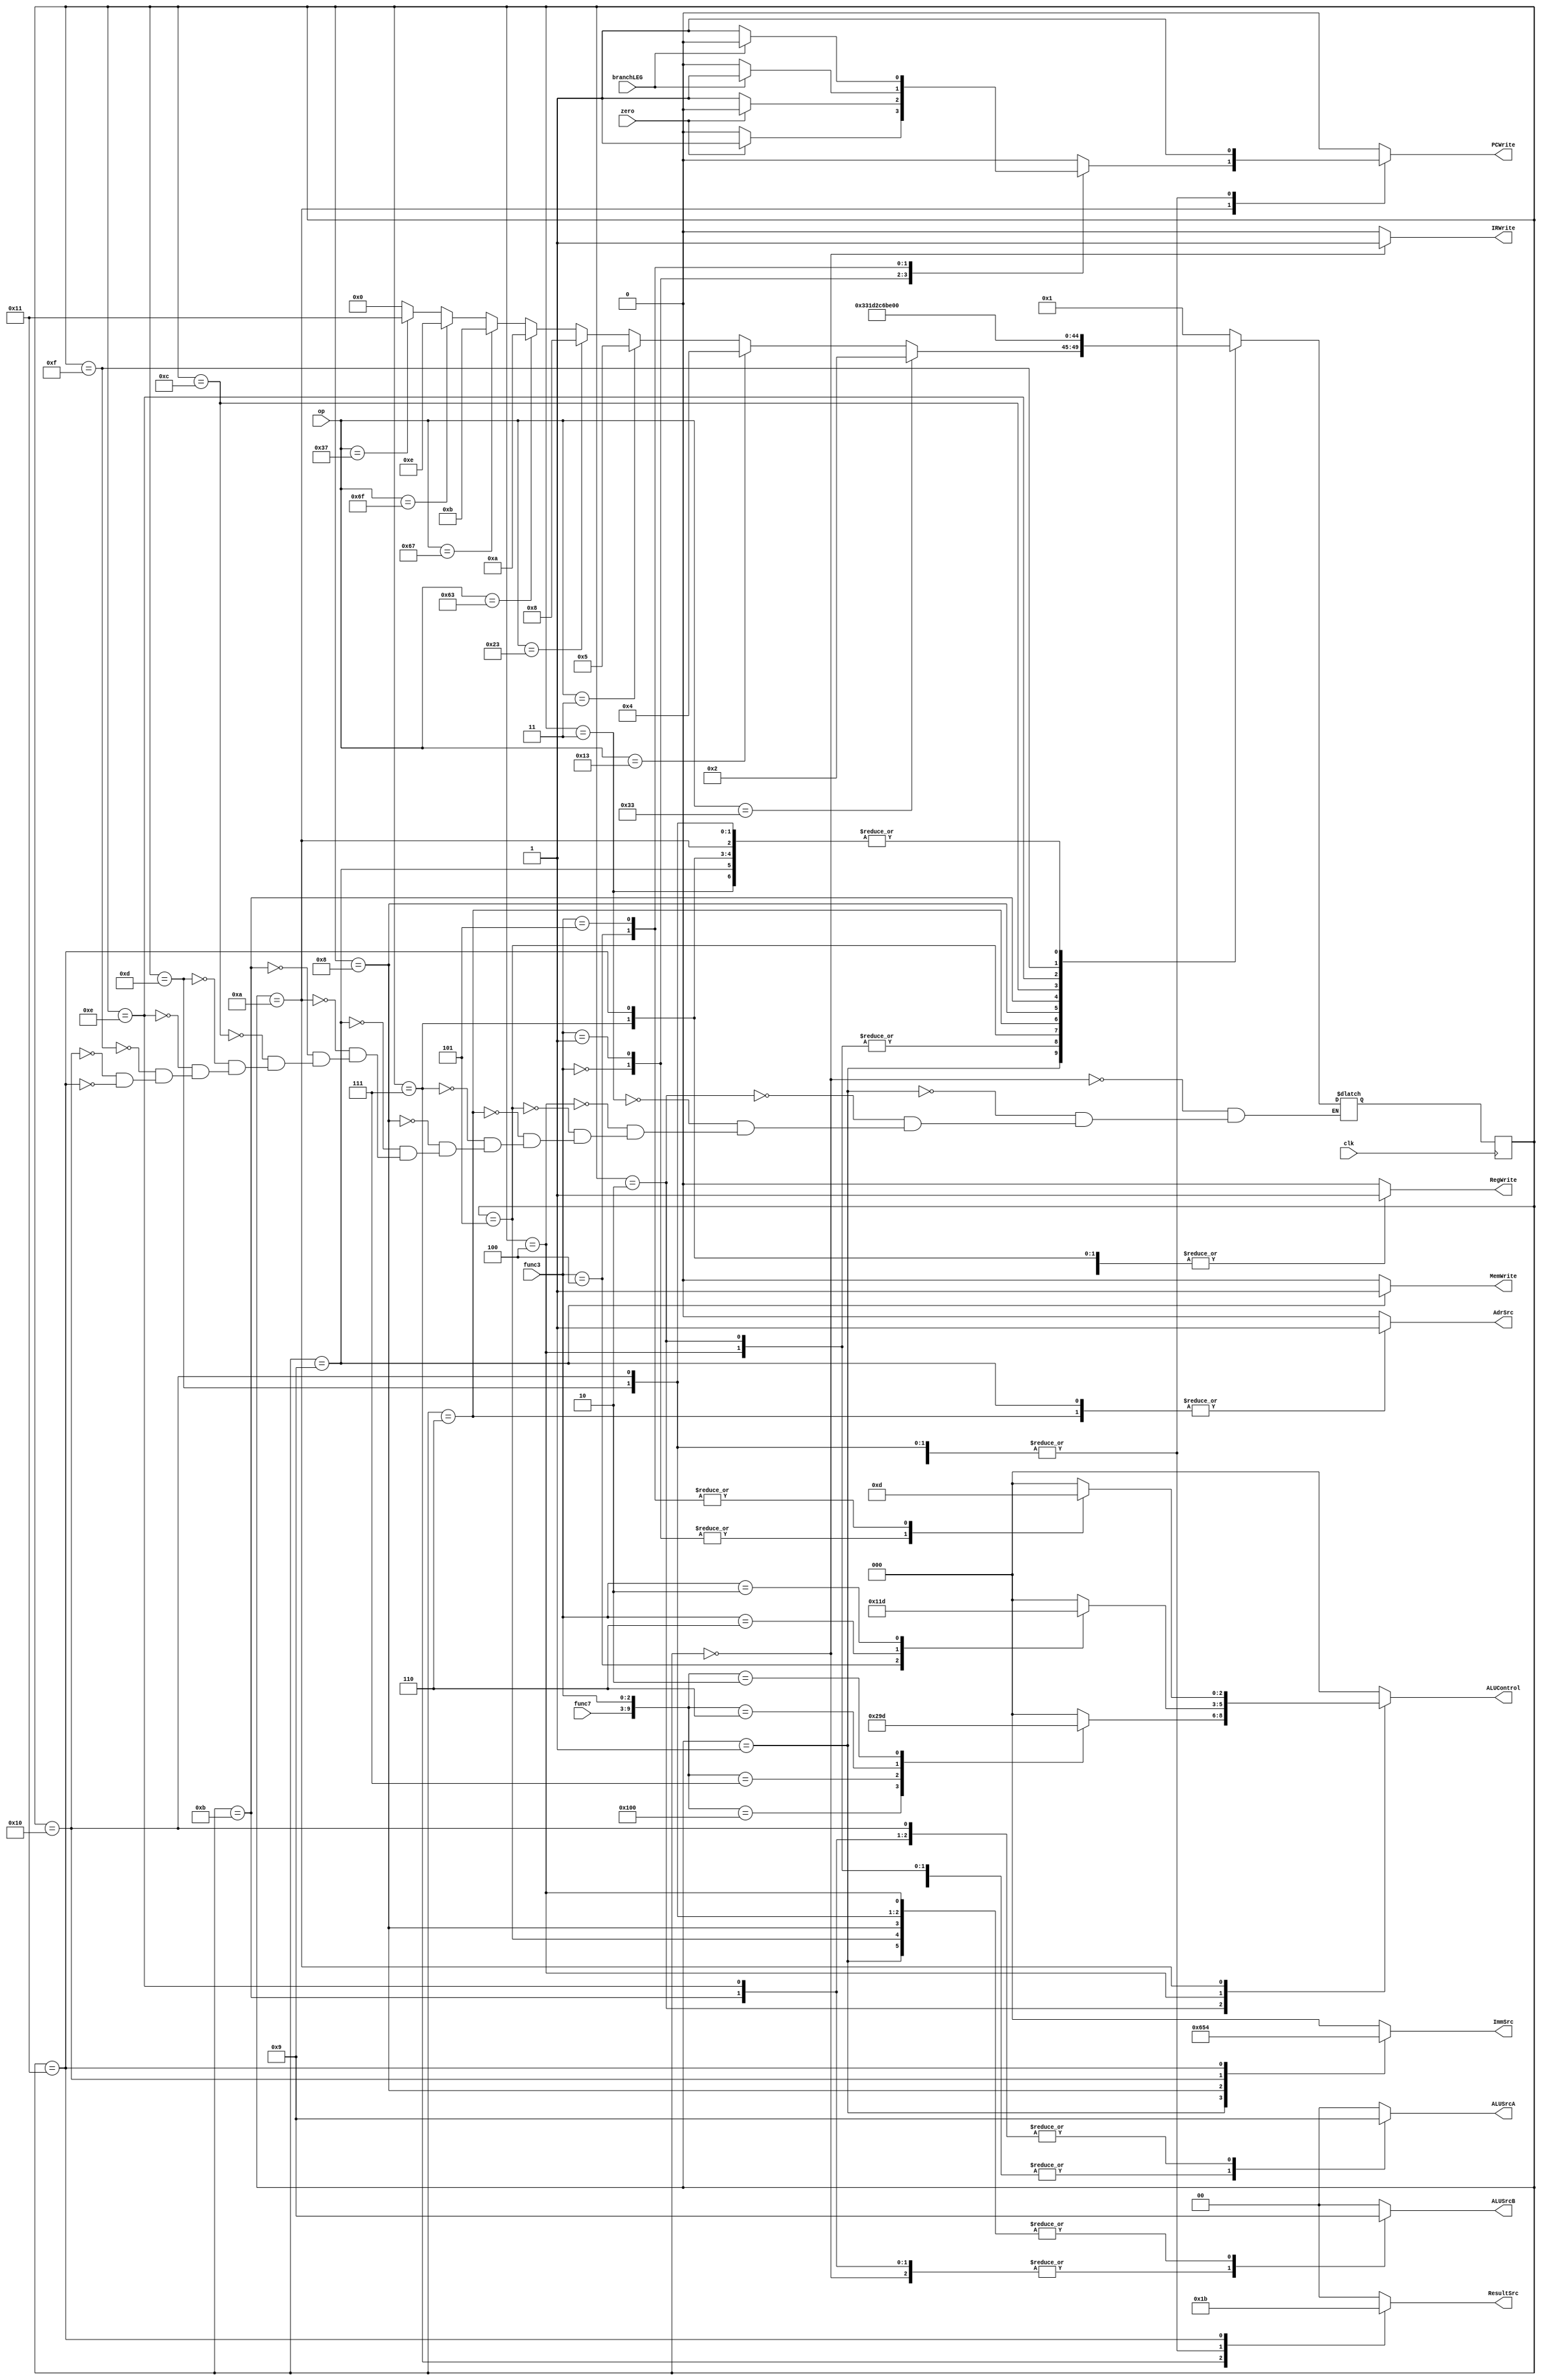
`define 	R_Type	7'b0110011
`define 	I_Type	7'b0010011
`define		Lw	7'b0000011
`define 	Jalr	7'b1100111
`define		S_Type	7'b0100011
`define		J_Type	7'b1101111
`define 	B_Type	7'b1100011
`define		U_Type	7'b0110111


`define		Add	10'b0000_0000_00
`define 	Sub	10'b0100_0000_00
`define		And	10'b0000_0001_11
`define 	Or	10'b0000_0001_10
`define		Slt	10'b0000_0000_10


`define		lw	3'b010
`define 	addi	3'b000
`define		xori	3'b100
`define 	ori	3'b110
`define		slti	3'b010
`define		jalr	3'b000


`define		beq	3'b000
`define 	bne	3'b001
`define		blt	3'b100
`define 	bge	3'b101


`define 	q0	5'b00000
`define 	q1	5'b00001
`define 	q2	5'b00010
`define 	q3	5'b00011
`define 	q4	5'b00100
`define 	q5	5'b00101
`define 	q6	5'b00110
`define 	q7	5'b00111
`define 	q8	5'b01000
`define 	q9	5'b01001
`define 	q10	5'b01010
`define 	q11	5'b01011
`define 	q12	5'b01100
`define 	q13	5'b01101
`define 	q14	5'b01110
`define 	q15	5'b01111
`define 	q16	5'b10000
`define 	q17	5'b10001



module Controller(input clk,zero,branchLEG,input [6:0] op,func7,input[2:0] func3,output reg PCWrite,AdrSrc,MemWrite,IRWrite,RegWrite,output reg[1:0] ResultSrc,ALUSrcA,ALUSrcB,output reg[2:0]ALUControl,ImmSrc);
	
	reg[4:0] ps=5'b0,ns;
	always@(posedge clk)begin
		ps<=ns;
	end
	always@(ps,zero,branchLEG,op,func7,func3)begin 
		case(ps)
		`q0:ns=`q1;
		`q1:ns=	(op==`R_Type)? `q2 :
		        (op==`I_Type)? `q4 :
			(op==`Lw)    ? `q5 :
			(op==`S_Type)? `q8 :
			(op==`B_Type)? `q10:
			(op==`Jalr  )? `q11:
			(op==`J_Type)? `q14:
			(op==`U_Type)? `q17:
			5'b00000;
		`q2 :	ns=`q3;
		`q3 :	ns=`q0;
		`q4 :	ns=`q3;
		`q5 :	ns=`q6;
		`q6 :	ns=`q7;
		`q7 :	ns=`q0;
		`q8 :	ns=`q9;
		`q9 :	ns=`q0;
		`q10:	ns=`q0;
		`q11:	ns=`q12;
		`q12:	ns=`q13;
		`q13:	ns=`q0;
		`q14:	ns=`q15;
		`q15:	ns=`q16;
		`q16:	ns=`q0;
		`q17:	ns=`q0;
		endcase		
	end
	always@(ps,zero,branchLEG,op,func7,func3)begin
		{PCWrite,AdrSrc,MemWrite,IRWrite,RegWrite,ResultSrc,ALUSrcA,ALUSrcB,ImmSrc,ALUControl}=17'b0000_0000_0000_0000_0;
		case(ps)
		`q0 :{AdrSrc,IRWrite,ALUSrcA,ALUSrcB,ALUControl,ResultSrc,PCWrite}=12'b0100__1000_0101;
		`q1 :{ALUSrcA,ALUSrcB,ImmSrc,ALUControl}=10'b0101_0110_00;
		`q2 :begin {ALUSrcA,ALUSrcB}=4'b1000;
			case({func7,func3})
				`Add:ALUControl=3'b000;
				`Sub:ALUControl=3'b001;
				`And:ALUControl=3'b010;
				`Or :ALUControl=3'b011;
				`Slt:ALUControl=3'b101;
			endcase	
		    end
		`q3 :{ResultSrc,RegWrite}=3'b001;
		`q4 :begin {ALUSrcA,ALUSrcB,ImmSrc}=7'b1001_000;
		  	case(func3)
				`addi:ALUControl=3'b000;
				`xori:ALUControl=3'b100;	
				`ori :ALUControl=3'b011;
				`slti:ALUControl=3'b101;
		    	endcase
		    end
		`q5 :	{ImmSrc,ALUSrcA,ALUSrcB,ALUControl}=10'b0001_0010_00;
		`q6 :	{ResultSrc,AdrSrc}  =3'b001;
		`q7 :	{ResultSrc,RegWrite}=3'b011;
		`q8 :	{ImmSrc,ALUSrcA,ALUSrcB,ALUControl}=10'b0011_0010_00;
		`q9 :	{ResultSrc,AdrSrc,MemWrite}=4'b0011;
		`q10:begin {ALUSrcA,ALUSrcB,ResultSrc}=6'b1000_00;
			case(func3)
				`beq:begin
					ALUControl=3'b001;
					PCWrite=(zero)?1:0;
				end
				`bne:begin
					ALUControl=3'b001;
					PCWrite=(zero)?0:1;
				end
				`blt:begin
					ALUControl=3'b101;
					PCWrite=(branchLEG)?1:0;
				end
				`bge:begin
					ALUControl=3'b101;
					PCWrite=(branchLEG)?0:1;
				end
			endcase
		    end
		`q11:{ALUSrcA,ALUSrcB,ALUControl}=7'b0110_000;
		`q12:{ResultSrc,RegWrite}=3'b001;
		`q13:{ALUSrcA,ALUSrcB,ALUControl,ResultSrc,PCWrite,ImmSrc}=13'b1001_0001_0100_0;
		`q14:{ALUSrcA,ALUSrcB,ALUControl}=7'b0110_000;
		`q15:{ResultSrc,RegWrite}=3'b001;
		`q16:{ALUSrcA,ALUSrcB,ALUControl,ResultSrc,PCWrite,ImmSrc}=13'b0101_0001_0101_0;
		`q17:{ImmSrc,RegWrite,ResultSrc}=6'b1001_11;
		endcase
	end
endmodule